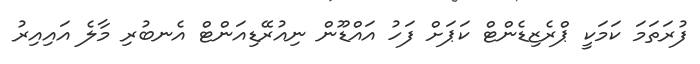
ފުރަތަމަ ކަމަކީ ޕްރެޒިޑެންޓް ކަޕަށް ފަހު އައްޑޫން ނިއުރޭޑިއަންޓް އެނބުރި މާލެ އައިއިރު